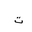
Letter: _ta